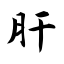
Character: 肝